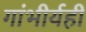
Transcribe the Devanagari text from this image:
गांभीर्यही